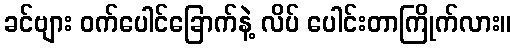
ခင်ဗျား ဝက်ပေါင်ခြောက်နဲ့ လိပ် ပေါင်းတာကြိုက်လား။